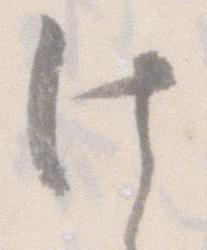
け